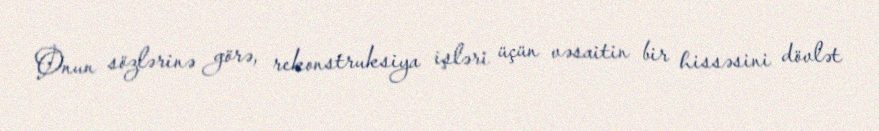
Onun sözlərinə görə, rekonstruksiya işləri üçün vəsaitin bir hissəsini dövlət